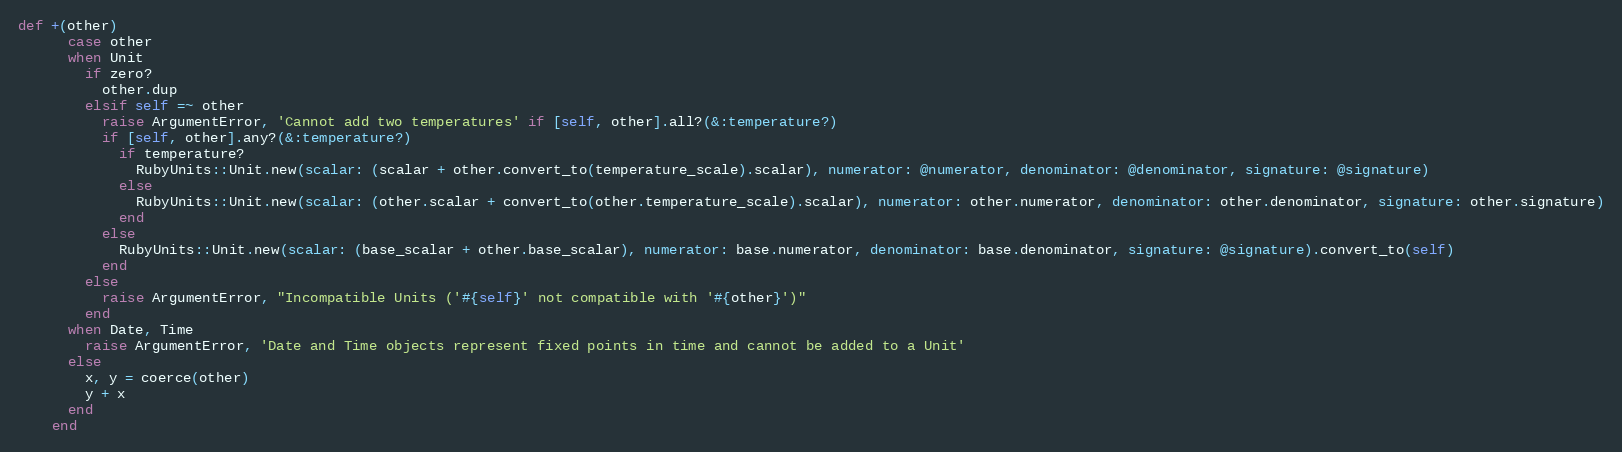
Language: Ruby
def +(other)
      case other
      when Unit
        if zero?
          other.dup
        elsif self =~ other
          raise ArgumentError, 'Cannot add two temperatures' if [self, other].all?(&:temperature?)
          if [self, other].any?(&:temperature?)
            if temperature?
              RubyUnits::Unit.new(scalar: (scalar + other.convert_to(temperature_scale).scalar), numerator: @numerator, denominator: @denominator, signature: @signature)
            else
              RubyUnits::Unit.new(scalar: (other.scalar + convert_to(other.temperature_scale).scalar), numerator: other.numerator, denominator: other.denominator, signature: other.signature)
            end
          else
            RubyUnits::Unit.new(scalar: (base_scalar + other.base_scalar), numerator: base.numerator, denominator: base.denominator, signature: @signature).convert_to(self)
          end
        else
          raise ArgumentError, "Incompatible Units ('#{self}' not compatible with '#{other}')"
        end
      when Date, Time
        raise ArgumentError, 'Date and Time objects represent fixed points in time and cannot be added to a Unit'
      else
        x, y = coerce(other)
        y + x
      end
    end